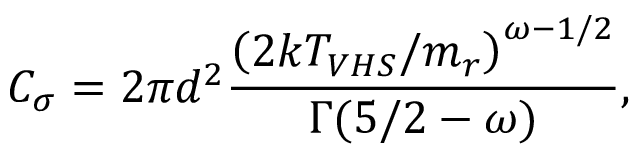
C _ { \sigma } = 2 \pi d ^ { 2 } \frac { \left( 2 k T _ { V H S } / m _ { r } \right) ^ { \omega - 1 / 2 } } { \Gamma ( 5 / 2 - \omega ) } ,